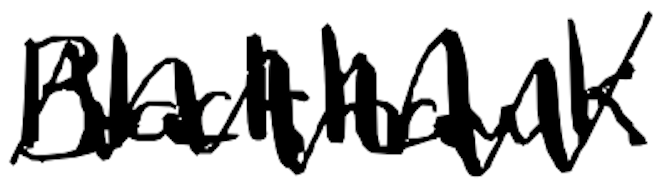
Text: Blackhawk
Cross-out: zig-zag
Writing tool: digital_black